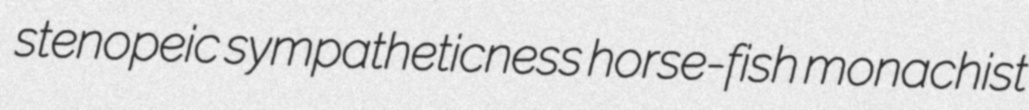
stenopeic sympatheticness horse-fish monachist